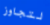
لتجاوز